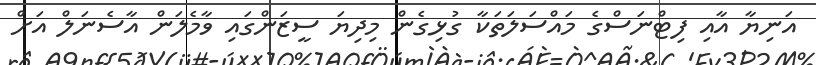
އަނިޔާ އާއި ފިޓްނަސްގެ މައްސަލަތަކާ ގުޅިގެން މިދިޔަ ސީޒަންގައި ވާމެލަން އާސެނަލް އަށް